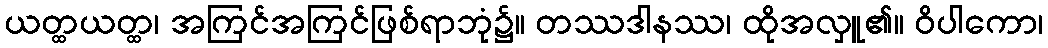
ယတ္ထယတ္ထ၊ အကြင်အကြင်ဖြစ်ရာဘုံ၌။ တဿဒါနဿ၊ ထိုအလှူ၏။ ဝိပါကော၊